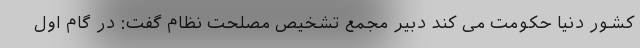
کشور دنیا حکومت می کند دبیر مجمع تشخیص مصلحت نظام گفت: در گام اول